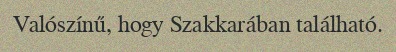
Valószínű, hogy Szakkarában található.